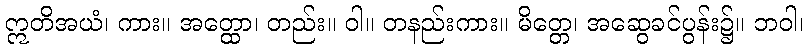
ဣတိအယံ၊ ကား။ အတ္ထော၊ တည်း။ ဝါ။ တနည်းကား။ မိတ္တေ၊ အဆွေခင်ပွန်း၌။ ဘဝါ၊